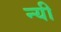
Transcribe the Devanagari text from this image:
न्यी